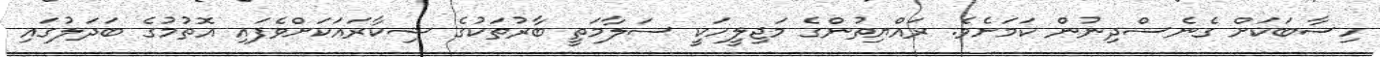
ހިސާބަކަށް ގެނެސްދިނުން ކަމަށެވެ. ރައްޔިތުންގެ މަޖިލީހަކީ ސަލާމަތީ ބާރުތަކުގެ ޝިކާރައަކަށްވެފައި އޮތުމުގެ ބަދަލުގައި